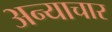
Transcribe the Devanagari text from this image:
अन्याचार